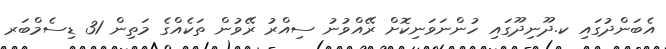
އެބަންދުގައި ކ.ދޫނިދޫގައި ހުންނަވަނިކޮށް ރޭއްވުނު ސިއްރު ރޭވުން ތަކެއްގެ މަތިން 31 ޑިސެމްބަރ